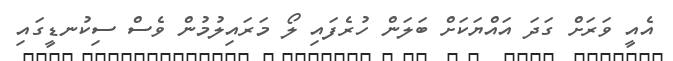
އެއީ ވަރަށް ގަދަ އައްޔަކަށް ބަލަން ހުރެފައި ލޯ މަރައިލުމުން ވެސް ސިކުނޑީގައި